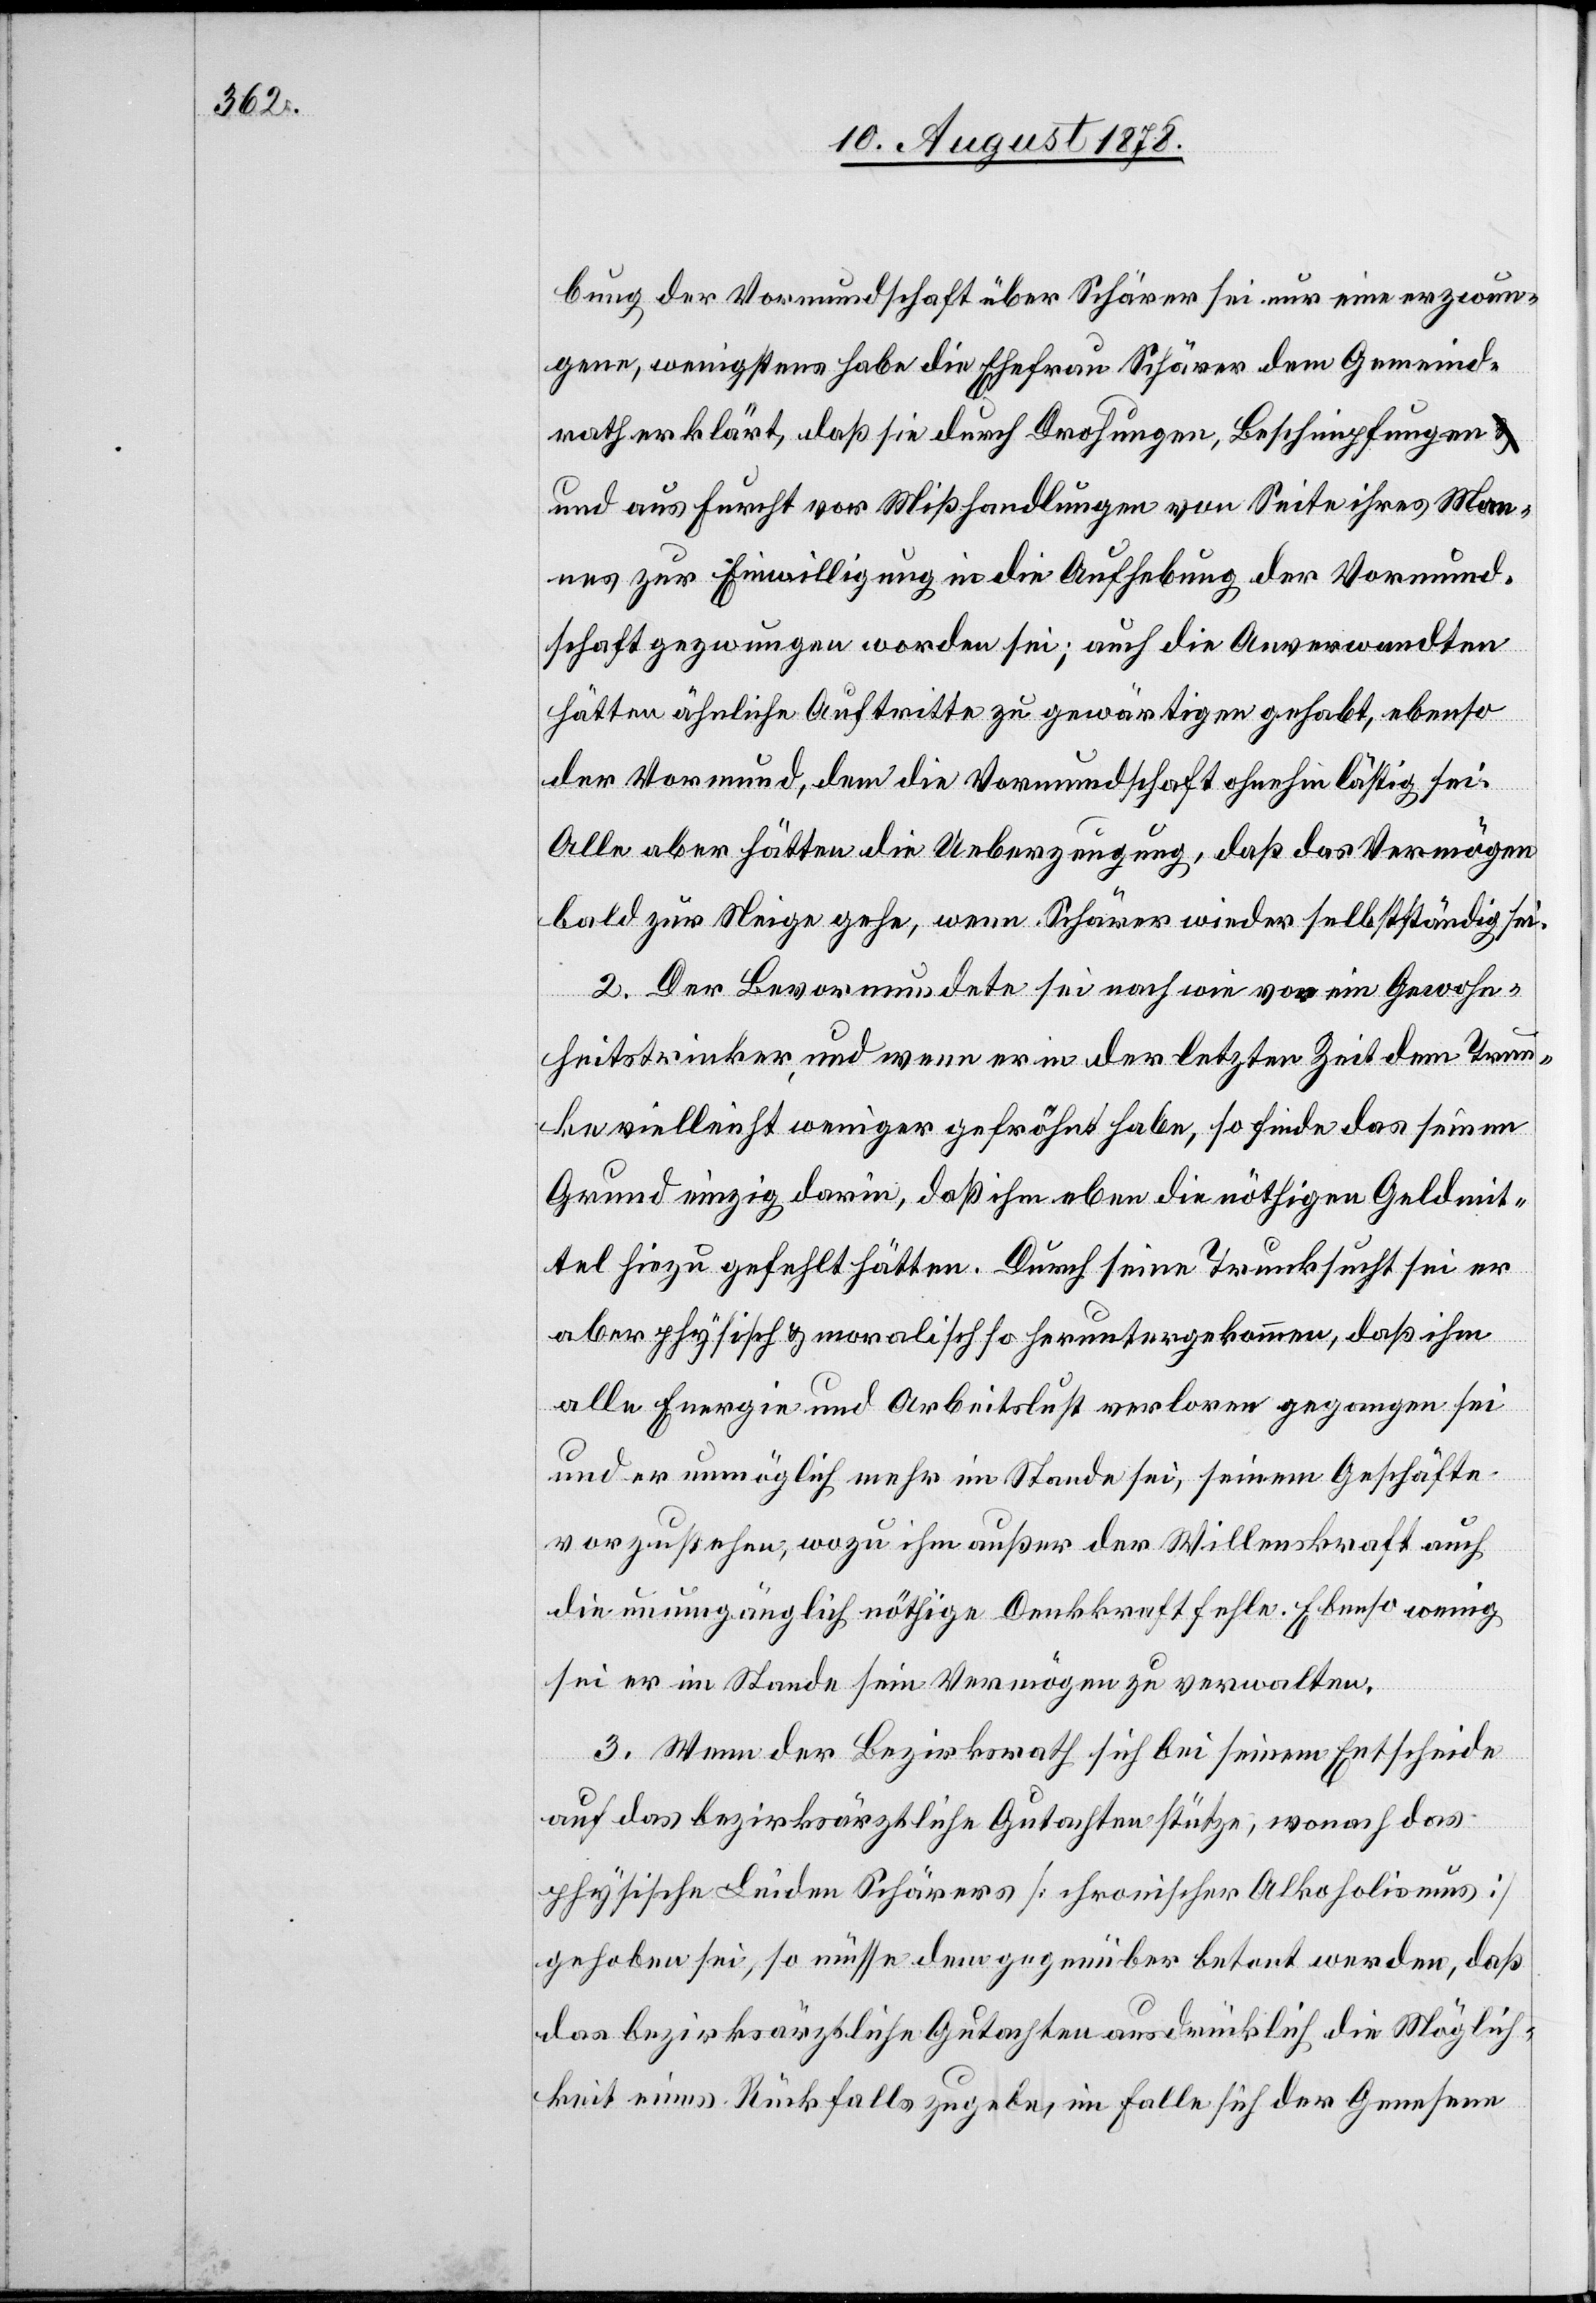
bung der Vormundschaft über Schärer sei nur eine erzwun¬
gene, wenigstens habe die Ehefrau Schärer dem Gemeind¬
rath erklärt, daß sie durch Drohungen, Beschimpfungen
und aus Furcht vor Misshandlungen von Seite ihres Man¬
nes zur Einwilligung in die Aufhebung der Vormund¬
schaft gezwungen worden sei; auch die Anverwandten
hätten ähnliche Auftritte zu gewärtigen gehabt, ebenso
der Vormund, dem die Vormundschaft ohnehin lästig sei.
Alle aber hätten die Ueberzeugung, daß das Vermögen
bald zur Neige gehe, wenn Schärer wieder selbstständig sei.
2. Der Bevormundete sei nach wie vor ein Gewohn¬
heitstrinker und wenn er in der letzten Zeit dem Trun¬
ke vielleicht weniger gefröhnt habe, so finde das seinen
Grund einzig darin, daß ihm eben die nöthigen Geldmit¬
tel hiezu gefehlt hätten. Durch seine Trunksucht sei er
aber physisch & moralisch so heruntergekommen, daß ihm
alle Energie und Arbeitslust verloren gegangen sei
und er unmöglich mehr im Stande sei, seinem Geschäfte
vorzustehen, wozu ihm außer der Willenskraft auch
die unumgänglich nöthige Denkkraft fehle. Ebenso wenig
sei er im Stande sein Vermögen zu verwalten.
3. Wenn der Bezirksrath sich bei seinem Entscheide
auf das bezirksräthliche Gutachten stütze, wonach das
physische Leiden Schärers [chronischer Alkoholismus]
gehoben sei, so müsse dem gegenüber betont werden, daß
das bezirksärztliche Gutachten ausdrücklich die Möglich¬
keit eines Rückfalls zugebe, im Falle sich der Genesene